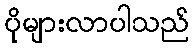
ပိုများလာပါသည်